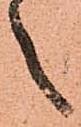
之